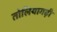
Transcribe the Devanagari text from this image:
तोलियागढ़ी